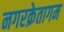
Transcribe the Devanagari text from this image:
नगरक्रेतागम